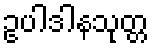
ဥပါဒါနသုတ္တ